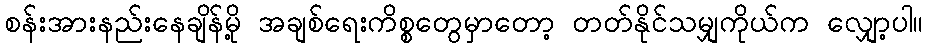
စန်းအားနည်းနေချိန်မို့ အချစ်ရေးကိစ္စတွေမှာတော့ တတ်နိုင်သမျှကိုယ်က လျှော့ပါ။